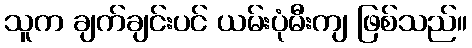
သူက ချက်ချင်းပင် ယမ်းပုံမီးကျ ဖြစ်သည်။